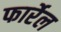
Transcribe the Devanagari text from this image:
फार्रेल